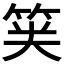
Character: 𱷺